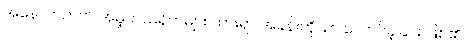
အနောက်ဘက် အမှိုက်သရိုက်များ ထားရာ အခန်းကိုသာ လောင်ခဲ့ခြင်း ဖြစ်၏ ။